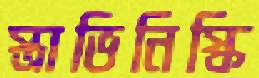
স্ত্রাভিনিস্কি